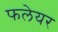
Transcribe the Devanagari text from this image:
फलेयर